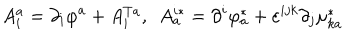
A _ { i } ^ { a } = \partial _ { i } \varphi ^ { a } + A _ { i } ^ { T a } , \ \ A _ { a } ^ { i * } = \partial ^ { i } \varphi _ { a } ^ { * } + \varepsilon ^ { i j k } \partial _ { j } \mu _ { k a } ^ { * }